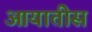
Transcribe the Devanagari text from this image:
आयातीस